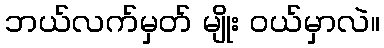
ဘယ်လက်မှတ် မျိုး ဝယ်မှာလဲ။